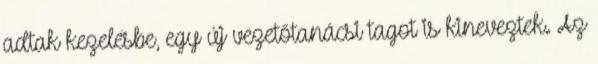
adtak kezelésbe, egy új vezetőtanácsi tagot is kineveztek. Az